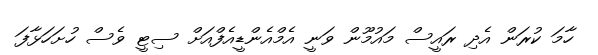
ހާމަ ކުރަން އެދި ރައީސް މައުމޫން ވަނީ އެމްއެންޑީއެފްއަށް ސިޓީ ވެސް ހުށަހަޅާފަ